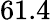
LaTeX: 61.4